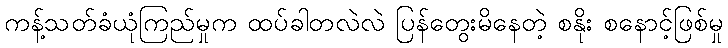
ကန့်သတ်ခံယုံကြည်မှုက ထပ်ခါတလဲလဲ ပြန်တွေးမိနေတဲ့ စနိုး စနောင့်ဖြစ်မှု